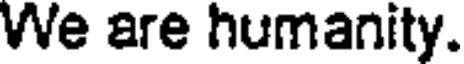
We are humanity.